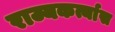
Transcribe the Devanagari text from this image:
राज्यकर्त्यास